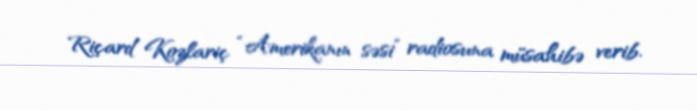
Riçard Kozlariç “Amerikanın səsi” radiosuna müsahibə verib.